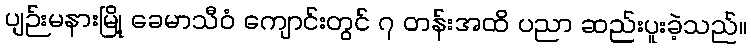
ပျဉ်းမနားမြို့ ခေမာသီဝံ ကျောင်းတွင် ၇ တန်းအထိ ပညာ ဆည်းပူးခဲ့သည်။